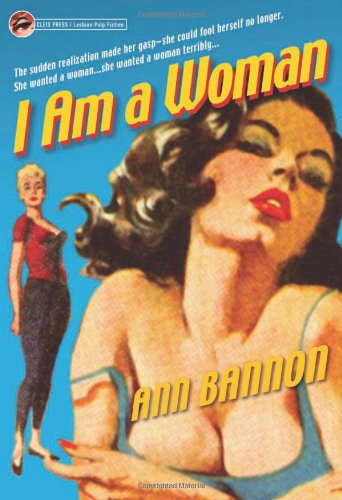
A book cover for I Am a Woman; Ann Bannon; Romance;